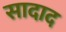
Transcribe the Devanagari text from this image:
सादाद